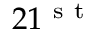
2 1 ^ { \mathrm { ~ s ~ t ~ } }